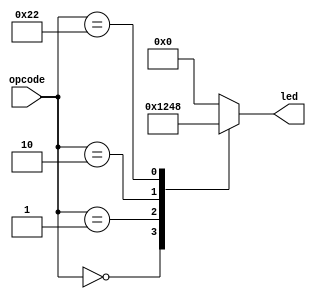
/*
   This file was generated automatically by the Mojo IDE version B1.3.6.
   Do not edit this file directly. Instead edit the original Lucid source.
   This is a temporary file and any changes made to it will be destroyed.
*/

module operatorled_9 (
    input [5:0] opcode,
    output reg [3:0] led
  );
  
  
  
  localparam ADD = 6'h00;
  
  localparam SUB = 6'h01;
  
  localparam MUL = 6'h02;
  
  localparam DIV = 6'h22;
  
  always @* begin
    
    case (opcode)
      6'h00: begin
        led = 4'h1;
      end
      6'h01: begin
        led = 4'h2;
      end
      6'h02: begin
        led = 4'h4;
      end
      6'h22: begin
        led = 4'h8;
      end
      default: begin
        led = 4'h0;
      end
    endcase
  end
endmodule